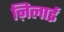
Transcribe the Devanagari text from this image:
ज़िलाई